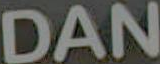
DAN